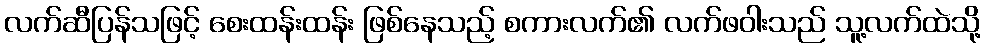
လက်ဆီပြန်သဖြင့် စေးထန်းထန်း ဖြစ်နေသည့် စကားလက်၏ လက်ဖဝါးသည် သူ့လက်ထဲသို့